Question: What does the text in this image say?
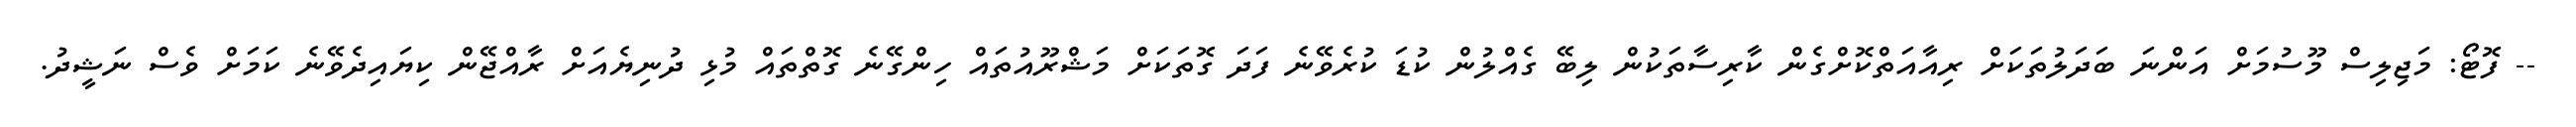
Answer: -- ފޮޓޯ: މަޖިލިސް މޫސުމަށް އަންނަ ބަދަލުތަކަށް ރިއާއަތްކޮށްގެން ކާރިސާތަކުން ލިބޭ ގެއްލުން ކުޑަ ކުރެވޭނެ ފަދަ ގޮތަކަށް މަޝްރޫއުތައް ހިންގޭނެ ގޮތްތައް މުޅި ދުނިޔެއަށް ރާއްޖޭން ކިޔައިދެވޭނެ ކަމަށް ވެސް ނަޝީދު.